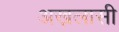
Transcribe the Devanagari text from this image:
अख़लासी